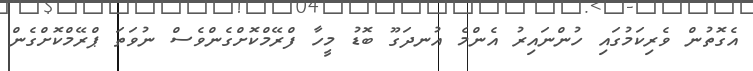
އެގޮތުން ވެރިކަމުގައި ހުންނައިރު އެންމެ އުނދަގޫ ބޮޑު މީހާ ފްރޭމްކޮށްގެންވެސް ނުވަތަ ޕްރޭމްކޮށްގެން